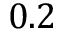
0 . 2